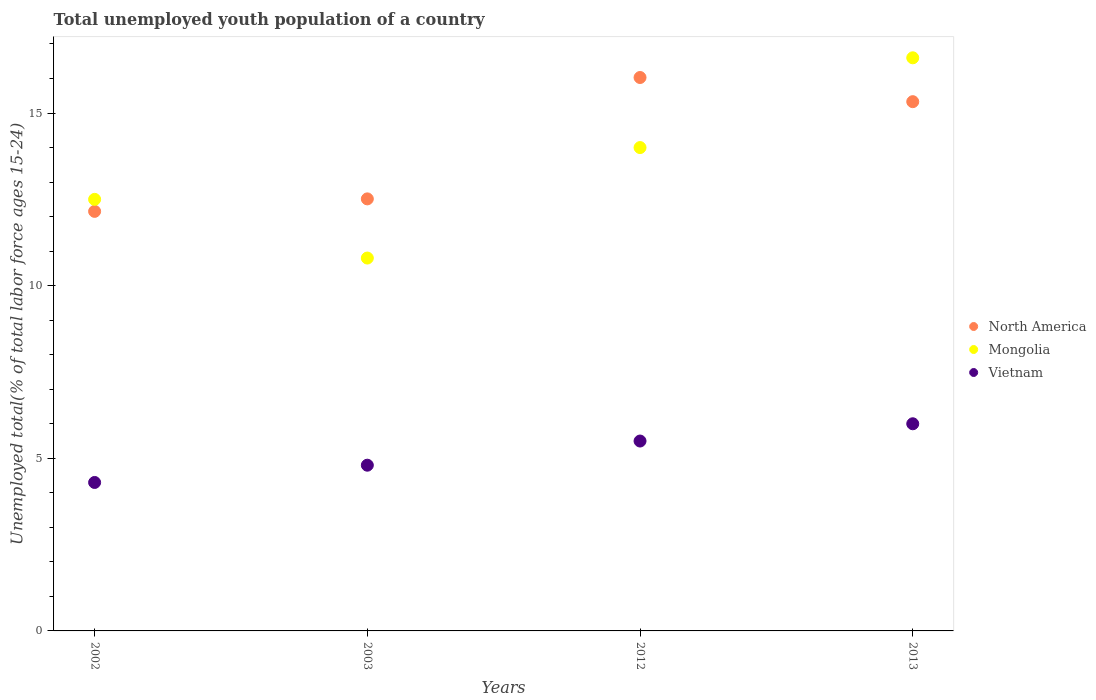
| Years | North America | Mongolia | Vietnam |
 | --- | --- | --- | --- |
 | 2002 | 12.2 | 12.5 | 4.3 |
 | 2003 | 12.5 | 10.8 | 4.8 |
 | 2012 | 16 | 14 | 5.5 |
 | 2013 | 15.3 | 16.6 | 6 |